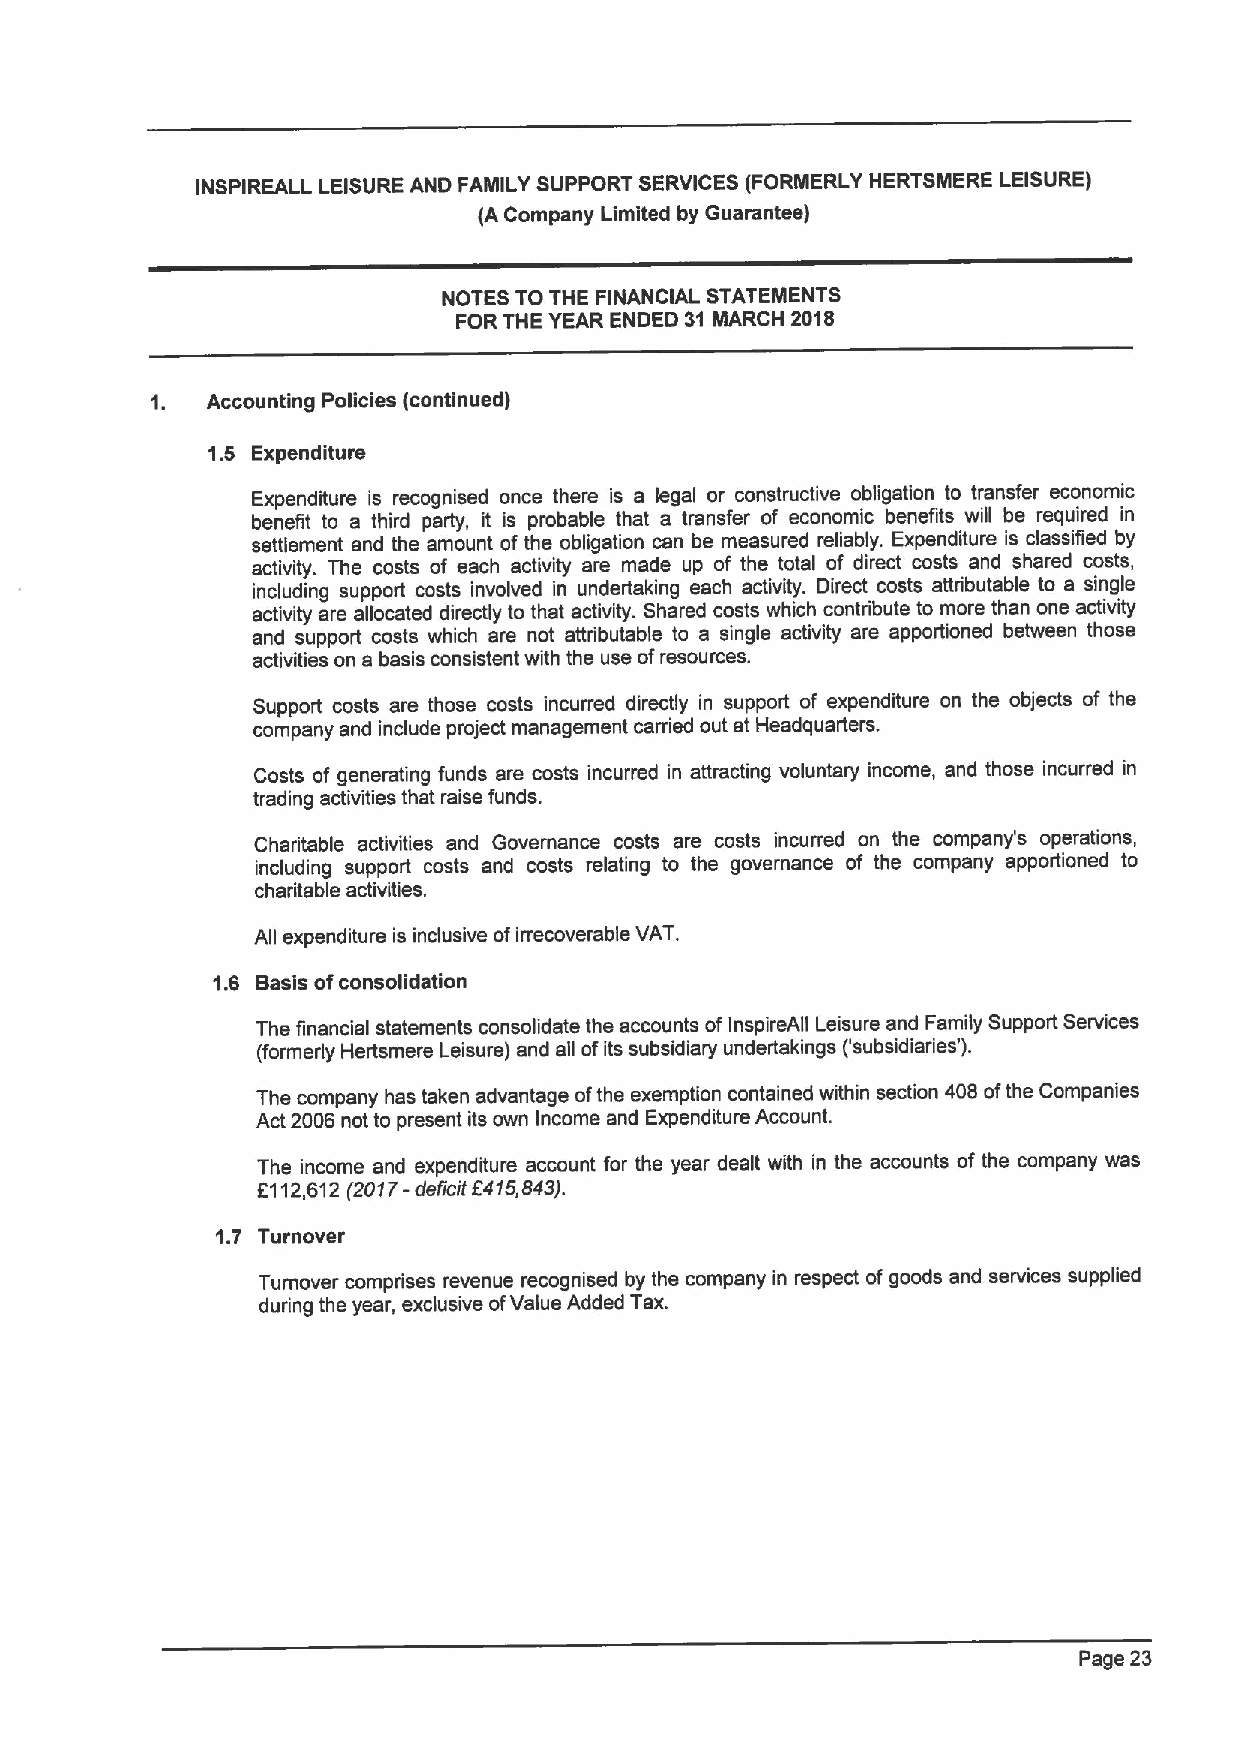
INSPIREALL LEISURE AND FAMILY SUPPORT SERVICES (FORMERLY HERTSMERE LEISURE)
 (A Company Limited by Guarantee)
 NOTES TO THE FINANCIAL STATEMENTS
 FORTHE YEAR ENDED 31 MARCH 2018
 Accounting Policies (continued)
 1.5 Expenditure
 Expenditure is recognised once there is a legal or constructive obligation to transfer economic
 benefit to a third party, it is probable that a transfer of economic benefits will be required in
 settlement and the amount of the obligation can be measured reliably. Expenditure is classified by
 activity. The costs of each activity are made up of the total of direct costs and shared costs,
 including support costs involved in undertaking each activity. Direct costs attributable to a single
 activity are allocated directly to that activity. Shared costs which contribute to more than one activity
 and support costs which are not attributable to a single activity are apportioned between those
 activities on a basis consistent with the use ofresources.
 Support costs are those costs incurred directly in support of expenditure on the objects of the
 company and include project management carried out at Headquarters.
 Costs of generating funds are costs incurred in attracting voluntary income, and those incurred in
 trading activities that raise funds.
 Charitable activities and Governance costs are costs incurred on the company's operations,
 including support costs and costs relating to the governance of the company apportioned to
 charitable activities.
 All expenditure is inclusive ofirrecoverable VAT.
 1.6 Basis ofconsolidation
 The financial statements consolidate the accounts ofInspireAII Leisure and Family Support Services
 (formerly Hertsmere Leisure) and all ofits subsidiary undertakings ('subsidiaries').
 The company has taken advantage ofthe exemption contained within section 408 ofthe Companies
 Act 2006 not to present its own Income and Expenditure Account.
 The income and expenditure account for the year dealt with in the accounts of the company was
 6112,612 (2017- deficit 6415843).
 1.7 Turnover
 Turnover comprises revenue recognised by the company in respect of goods and services supplied
 during the year, exclusive ofValue Added Tax.
 Page 23